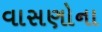
વાસણોના